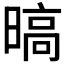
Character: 𣉞